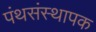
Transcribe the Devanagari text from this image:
पंथसंस्थापक